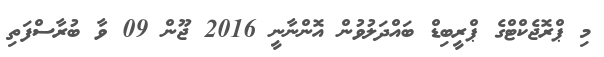
މި ޕްރޮޖެކްޓްގެ ޕްރީބިޑް ބައްދަލުވުން އޮންނާނީ 2016 ޖޫން 09 ވާ ބުރާސްފަތި